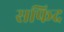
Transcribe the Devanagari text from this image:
सफिद